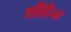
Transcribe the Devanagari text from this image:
शीहैन